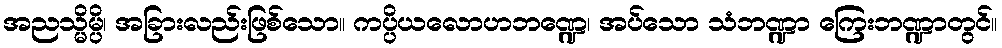
အညသ္မိမ္ပိ၊ အခြားလည်းဖြစ်သော။ ကပ္ပိယလောဟဘဏ္ဍေ၊ အပ်သော သံဘဏ္ဍာ ကြေးဘဏ္ဍာတွင်။